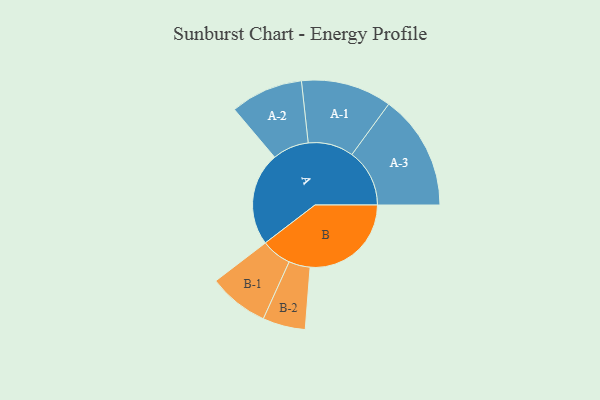
{"axis": {"x": "Segment", "y": "Value"}, "legend": ["", "A", "B"], "data": [{"x": "A", "y": 442, "type": ""}, {"x": "B", "y": 479, "type": ""}, {"x": "A-1", "y": 215, "type": "A"}, {"x": "A-2", "y": 172, "type": "A"}, {"x": "A-3", "y": 273, "type": "A"}, {"x": "B-1", "y": 143, "type": "B"}, {"x": "B-2", "y": 101, "type": "B"}]}